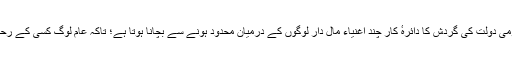
اس نظام کا مقصد ملکی و قومی دولت کی گردش کا دائرہٴ کار چند اغنیاء مال دار لوگوں کے درمیان محدود ہونے سے بچانا ہوتا ہے؛ تاکہ عام لوگ کسی کے رحم و کرم کے محتاج نہ رہیں۔